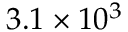
3 . 1 \times 1 0 ^ { 3 }